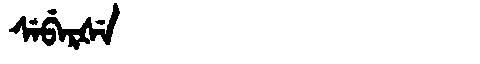
Manchu: ᠰᡝᠪᡝᡵᡧᡝ
Romanization: SEBERŠE